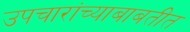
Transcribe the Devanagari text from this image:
उपचारांच्याबाबतीत